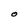
Character: O